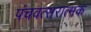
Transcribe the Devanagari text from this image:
पंचवत्सरात्मक